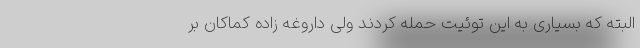
البته که بسیاری به این توئیت حمله کردند ولی داروغه زاده کماکان بر